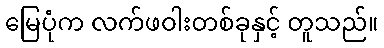
မြေပုံက လက်ဖဝါးတစ်ခုနှင့် တူသည်။